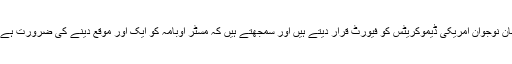
مگر اِس تمام صورتحال کےباوجود، مسلمان نوجوان امریکی ڈیموکریٹس کو فیورٹ قرار دیتے ہیں اور سمجھتے ہیں کہ مسٹر اوبامہ کو ایک اور موقع دینے کی ضرورت ہے، کیو نکہ راتو رات تبدیلی لاناممکن نہیں۔